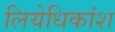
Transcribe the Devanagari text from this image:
लियेधिकांश